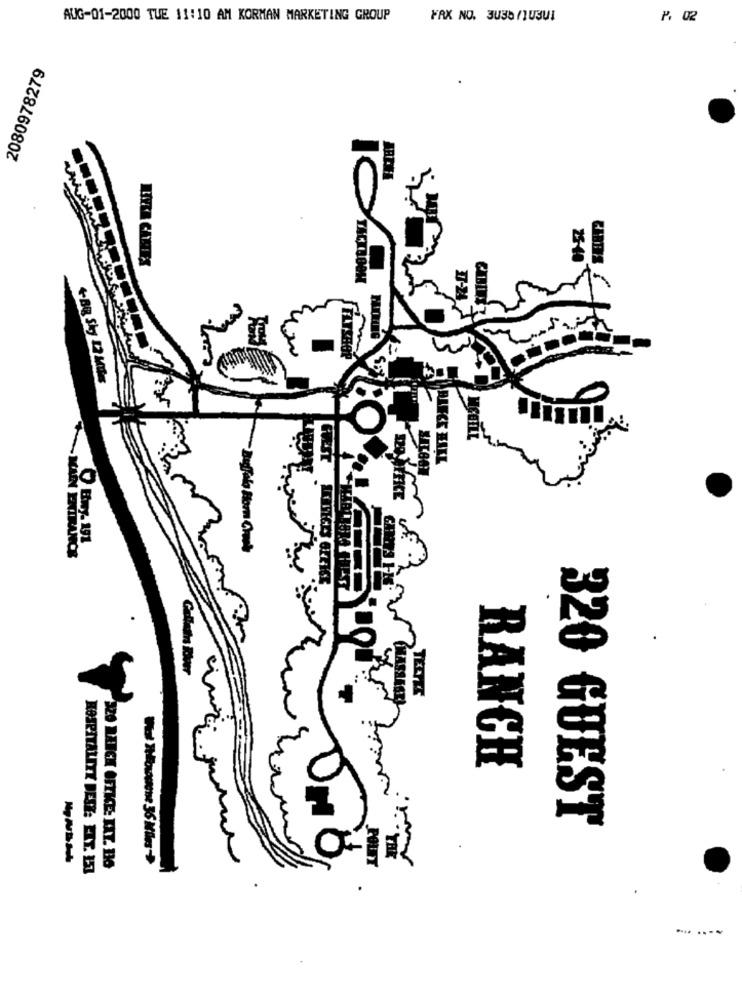
AUG-01-2000 TUE 11:10 AM KORMAN MARKETING GROUP
FAX NO. 3036 /103U1
P. 02
2080978279
AREM
IC
LINKA CARTES
25-40
GIBTY'S
+ Big Sky 17 Milk
mí
Eny. 191
MAIN ENTRANCE
TÉETEK
RANCH
i .
320 GUEST
POLIT
KOSPITALEEX DESZ: EIT. 157
320 RANCH OFTHE: KAT. BO